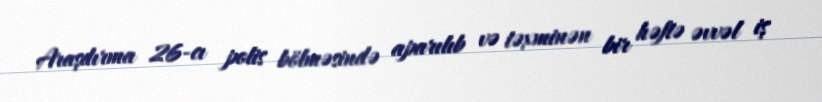
Araşdırma 26-cı polis bölməsində aparılıb və təxminən bir həftə əvvəl iş